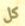
كل